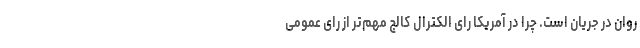
روان در جریان است. چرا در آمریکا رای الکترال کالج مهم‌تر از رای عمومی